Annual report on the working of the mental hospitals in the Madras Presidency - 1912-1932
Year: 1912
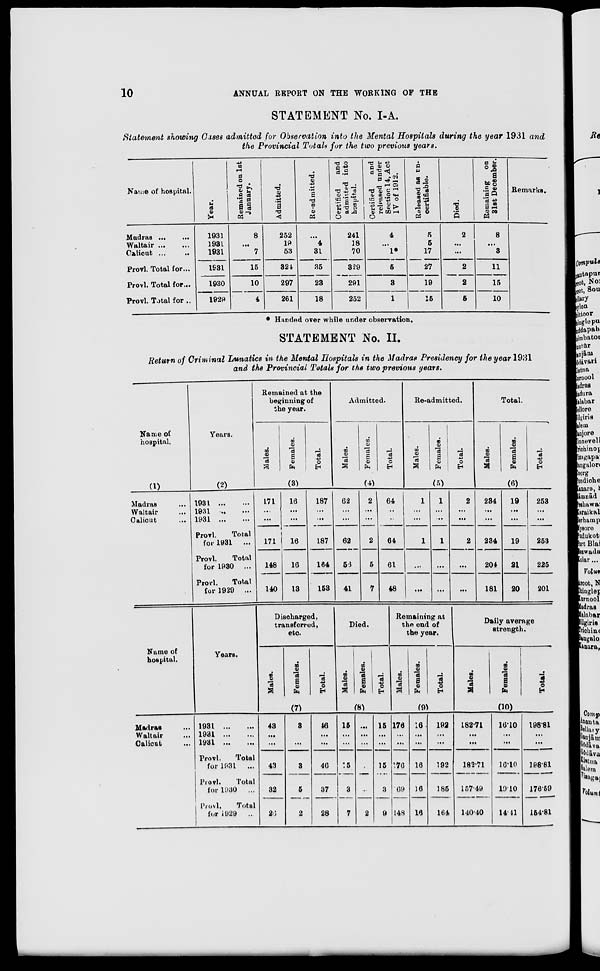
10
ANNUAL REPORT ON THE WORKING OF THE
STATEMENT No. I-A.
Statement showing Cases admitted for Observation into the Mental Hospitals during the year 1931 and
the Provincial Totals for the two previous years.
Name of hospital.
Madras ... ...
Waltair ... ...
Calicut ...
...
Provl. Total for...
Provl. Total for...
Provl. Total for ...
Year.
1931
1931
1931
1931
1930
1929
Remained on 1st
January.
8
...
7
15
10
4
Admitted.
252
19
53
324
297
261
Re-admitted.
...
4
31
35
23
18
Certified
and
admitted into
hospital.
241
18
70
329
291
252
Certified
and
released under
Section 14, Act
IV of 1912.
4
...
1*
5
3
1
Released as un-
certifiable.
5
5
17
27
19
15
Died.
2
...
...
2
2
5
Remaining on
31st December.
8
...
3
11
15
10
Remarks.
* Handed over while under observation.
STATEMENT No. II.
Return of Criminal Lunatics in the Mental Hospitals in the Madras Presidency for the year 1931
and the Provincial Totals for the two previous years.
Name of
hospital.
(1)
Madras ...
Waltair ...
Calicut ...
Years.
(2)
1931
...
...
1931
...
...
1931
...
...
Provl.
Total
for 1931 ...
Provl.
Total
for 1930 ...
Provl.
Total
for 1929 ...
Remained at the
beginning of
the year.
Males.
Females.
Total.
(3)
171
...
...
171
148
140
16
...
...
16
16
13
187
...
...
187
164
153
Admitted.
Males.
Females.
Total.
(4)
62
...
...
62
56
41
2
...
...
2
5
7
64
...
...
64
61
48
Re-admitted.
Males.
Females.
Total.
(5)
1
...
...
1
...
...
1
...
...
1
...
...
2
...
...
2
...
...
Total.
Males.
Females.
Total.
(6)
234
...
...
234
204
181
19
...
...
19
21
20
253
...
...
253
225
201
Name of
hospital.
Madras ...
Waltair ...
Calicut ...
Years.
1931
...
...
1931
...
...
1931
...
...
Provl.
Total
for 1931 ...
Provl.
Total
for 1930 ...
Provl.
Total
for 1929 ...
Discharged,
transferred,
etc.
Males.
Females.
Total.
(7)
43
...
...
43
32
26
3
...
...
3
5
2
46
...
...
46
37
28
Died.
Males.
Females.
Total.
(8)
15
...
...
15
3
7
...
...
...
...
...
2
15
...
...
15
3
9
Remaining at
the end of
the year.
Males.
Females.
Total.
(9)
176
...
...
176
69
148
16
...
...
16
16
16
192
...
...
192
185
164
Daily average
strength.
Males.
Females.
Total.
(10)
182.71
...
...
182.71
157.49
140.40
16.10
...
...
16.10
19.10
14.41
198.81
...
...
198.81
176.59
154.81